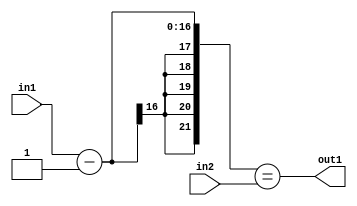
`timescale 1ps / 1ps
/*****************************************************************************
    Verilog RTL Description
    
    
    Created by: Stratus DpOpt 2019.1.01 
*******************************************************************************/

module st_weight_addr_gen_EqSubi1u16u16_4 (
	in2,
	in1,
	out1
	); /* architecture "behavioural" */ 
input [15:0] in2,
	in1;
output  out1;
wire  asc001;
wire [16:0] asc003;

assign asc003 = 
	+(in1)
	-(17'B00000000000000001);

assign asc001 = ({{5{asc003[16]}}, asc003}==in2);

assign out1 = asc001;
endmodule

/* CADENCE  ubb2SAA= : u9/ySgnWtBlWxVPRXgAZ4Og= ** DO NOT EDIT THIS LINE ******/